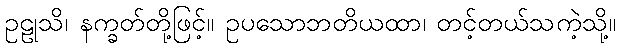
ဥဠုသိ၊ နက္ခတ်တို့ဖြင့်။ ဥပသောဘတိယထာ၊ တင့်တယ်သကဲ့သို့။